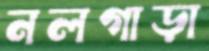
নলগাড়া